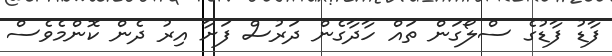
ފާޑު ފާޑުގެ ސްލޯގަން ތައް ހާދާގެން ދަރުސް ފަށާ އިރު ދެން ކޮންމެވެސް